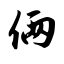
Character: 俩